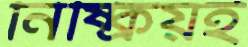
নিষ্ক্রিয়ই